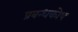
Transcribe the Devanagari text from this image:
प्रबन्धकोष